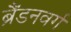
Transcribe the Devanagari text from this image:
ब्रैंडनवर्ग